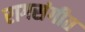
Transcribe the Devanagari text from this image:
रागसंगीत